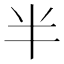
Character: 半